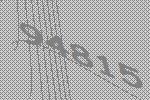
94815